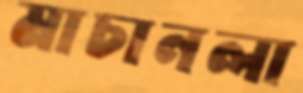
মাচানলা